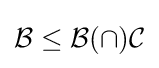
{\mathcal {B}}\leq {\mathcal {B}}(\cap ){\mathcal {C}}